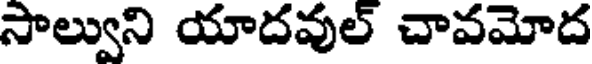
సాల్వుని యాదవుల్ చావమోద